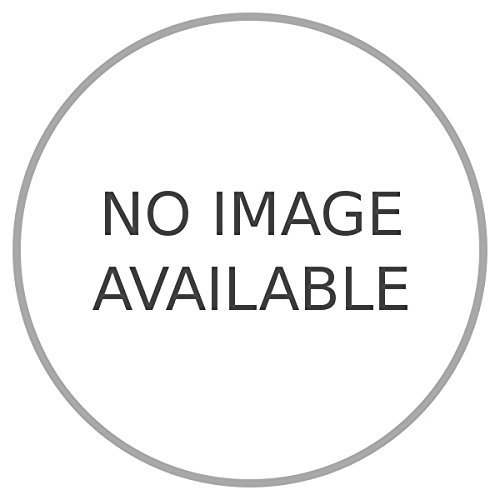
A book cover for I volti della Somalia francese.; DE LA RUE Aubert -; Travel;